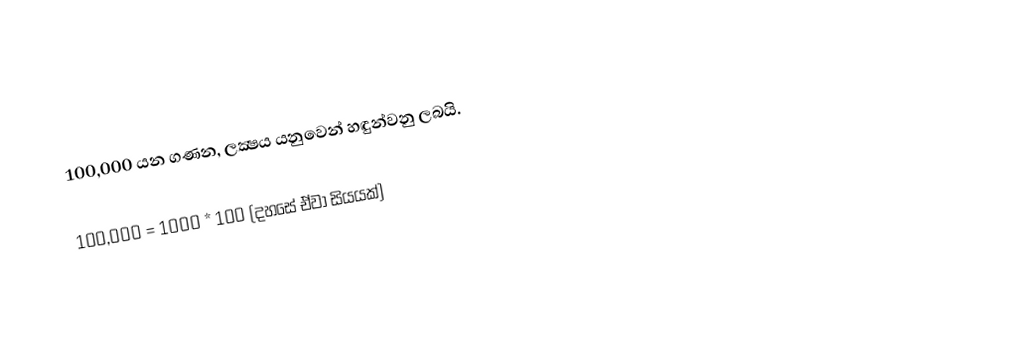
100,000 යන ගණන, ලක්‍ෂය යනුවෙන් හඳුන්වනු ලබයි.

100,000 = 1000 * 100 (දහසේ ඒවා සියයක්)